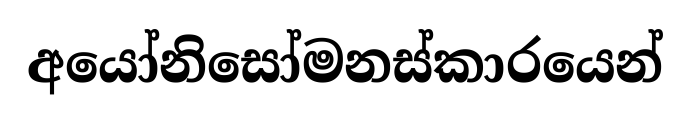
අයෝනිසෝමනස්කාරයෙන්